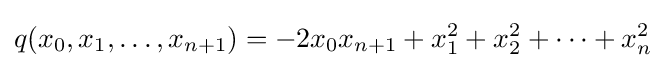
q(x_{0},x_{1},\ldots ,x_{n+1})=-2x_{0}x_{n+1}+x_{1}^{2}+x_{2}^{2}+\cdots +x_{n}^{2}